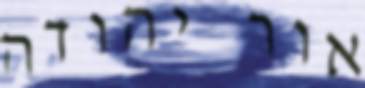
אור יהודה